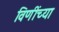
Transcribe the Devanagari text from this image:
विणींच्या